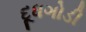
દૂધગોડી